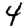
Digit: 4